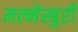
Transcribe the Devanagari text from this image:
मल्मेस्बुरी